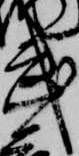
武